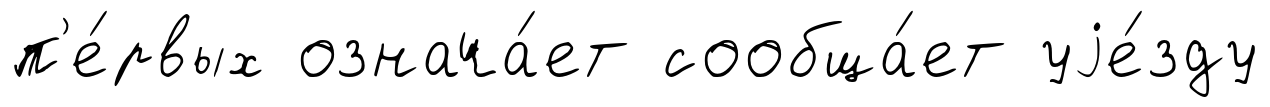
п'е́рвых означа́ет сообща́ет уjе́зду